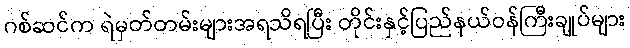
ဂစ်ဆင်က ရဲမှတ်တမ်းများအရသိရပြီး တိုင်းနှင့်ပြည်နယ်ဝန်ကြီးချုပ်များ